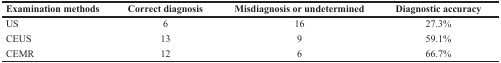
| Examination methods | Correct diagnosis | Misdiagnosis or undetermined | Diagnostic accuracy |
 | --- | --- | --- | --- |
 | US | 6 | 16 | 27.3% |
 | CEUS | 13 | 9 | 59.1% |
 | CEMR | 12 | 6 | 66.7% |